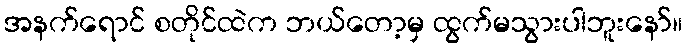
အနက်ရောင် စတိုင်ထဲက ဘယ်တော့မှ ထွက်မသွားပါဘူးနော်။